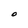
Character: O